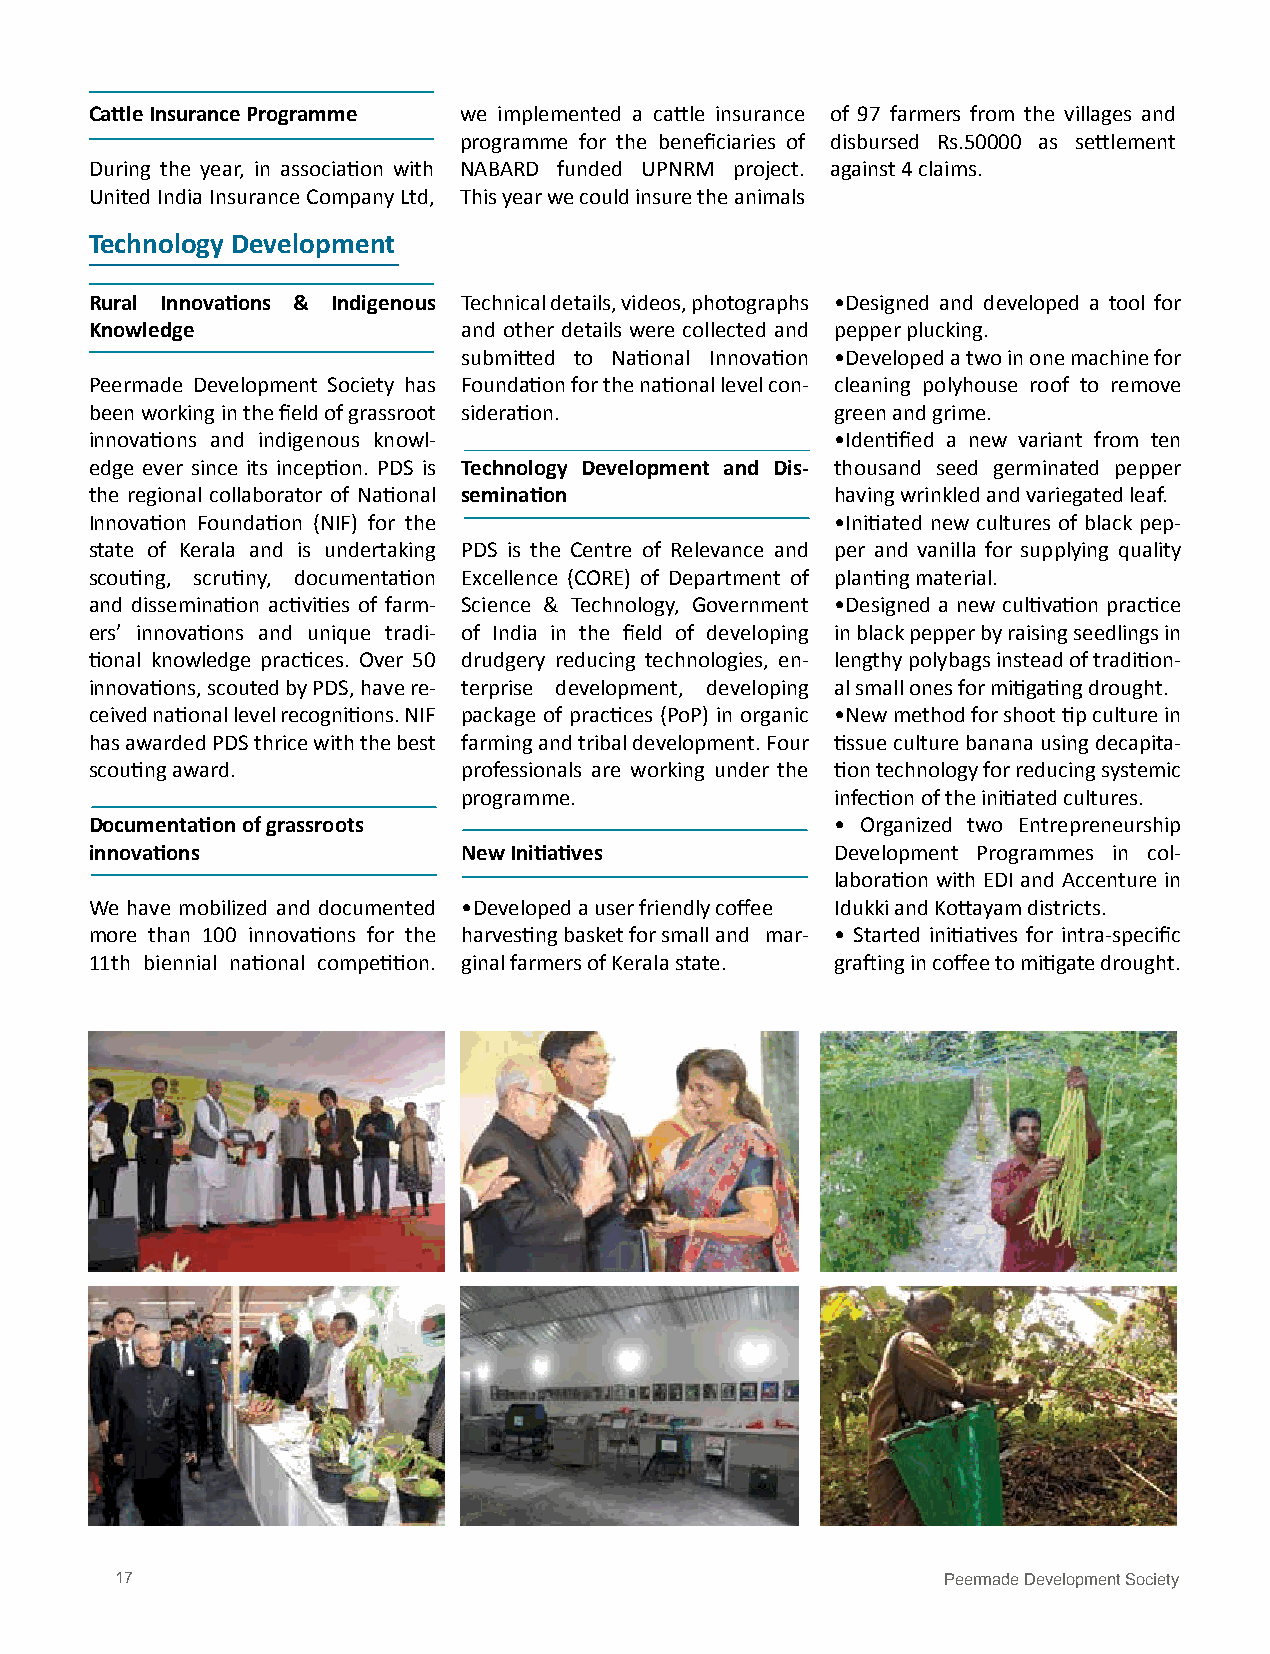
Cattle Insurance Programme we implemented a cattle insurance of 97 farmers from the villages and
 programme for the beneficiaries of disbursed Rs.50000 as settlement
 During the year, in association with NABARD funded UPNRM project. against 4 claims.
 United India Insurance Company Ltd, This year we could insure the animals
 Technology Development
 Rural Innovations & Indigenous Technical details, videos, photographs •Designed and developed a tool for
 Knowledge                and other details were collected and pepper plucking.
 submitted to National Innovation •Developed a two in one machine for
 Peermade Development Society has Foundation for the national level con- cleaning polyhouse roof to remove
 been working in the field of grassroot sideration. green and grime.
 innovations and indigenous knowl-                •Identified a new variant from ten
 edge ever since its inception. PDS is Technology Development and Dis- thousand seed germinated pepper
 the regional collaborator of National semination having wrinkled and variegated leaf.
 Innovation Foundation (NIF) for the              •Initiated new cultures of black pep-
 state of Kerala and is undertaking PDS is the Centre of Relevance and per and vanilla for supplying quality
 scouting, scrutiny, documentation Excellence (CORE) of Department of planting material.
 and dissemination activities of farm- Science & Technology, Government •Designed a new cultivation practice
 ers’ innovations and unique tradi- of India in the field of developing in black pepper by raising seedlings in
 tional knowledge practices. Over 50 drudgery reducing technologies, en- lengthy polybags instead of tradition-
 innovations, scouted by PDS, have re- terprise development, developing al small ones for mitigating drought.
 ceived national level recognitions. NIF package of practices (PoP) in organic •New method for shoot tip culture in
 has awarded PDS thrice with the best farming and tribal development. Four tissue culture banana using decapita-
 scouting award.          professionals are working under the tion technology for reducing systemic
 programme.              infection of the initiated cultures.
 Documentation of grassroots                      • Organized two Entrepreneurship
 innovations              New Initiatives         Development Programmes in col-
 laboration with EDI and Accenture in
 We have mobilized and documented •Developed a user friendly coffee Idukki and Kottayam districts.
 more than 100 innovations for the harvesting basket for small and mar- • Started initiatives for intra-specific
 11th biennial national competition. ginal farmers of Kerala state. grafting in coffee to mitigate drought.
 17                                                     Peermade Development Society